Elephants and their diseases
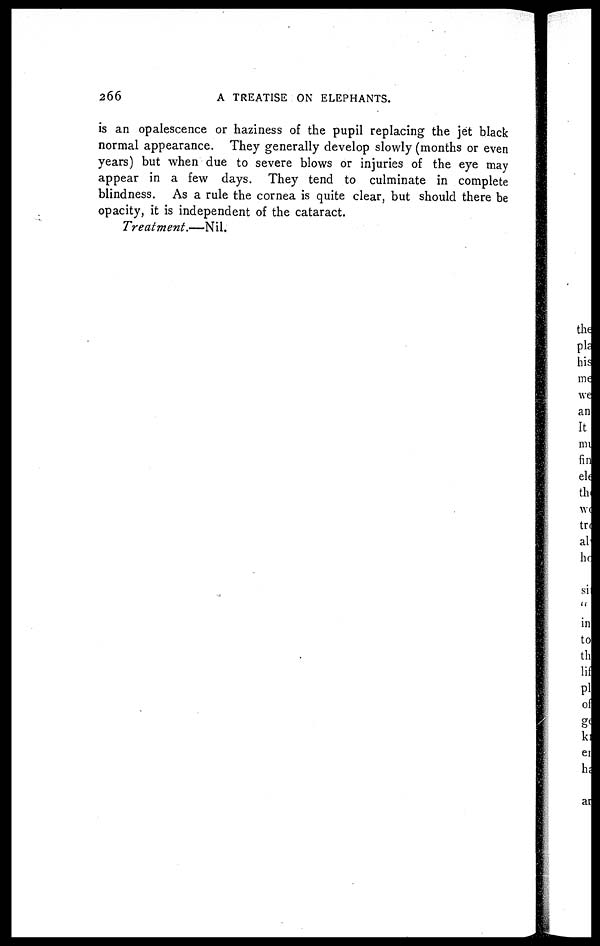
266
A TREATISE ON ELEPHANTS.
is an opalescence or haziness of the pupil replacing the jet black
normal appearance. They generally develop slowly (months or even
years) but when due to severe blows or injuries of the eye may
appear in a few days. They tend to culminate in complete
blindness. As a rule the cornea is quite clear, but should there be
opacity, it is independent of the cataract.
Treatment.—Nil.